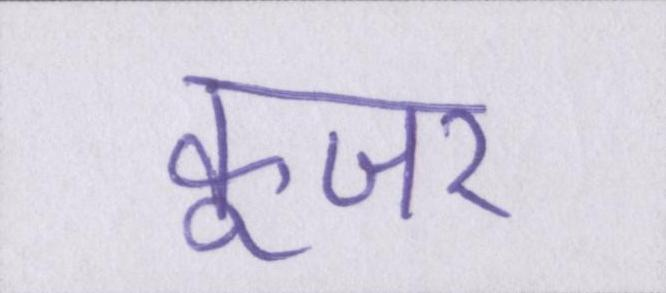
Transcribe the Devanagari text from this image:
कूजर